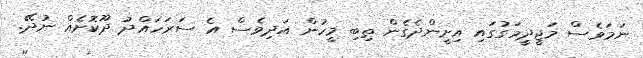
ނަމަވެސް މަޖީދީމަގުގައި އިށީންދެގެން ތިބި މީހުން އަދިވެސް އެ ސަރަހައްދު ދޫކޮށެއް ނުދޭ.